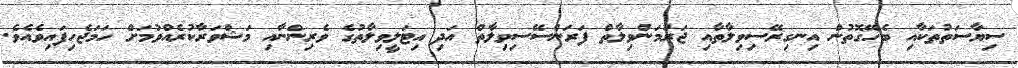
ސިޔާސަތުތަކާއި ބެހޭގޮތުން އިނގިރޭސިވިލާތާއި ޖަރުމަންވިލާތް ފަރަންސޭސިވިލާތް އަދި އިޓަލީވިލާތުގެ ވެރިންނާއި މަޝްވަރާކުރެއްވުމަށް ހަމަޖެހިފައިވެއެވެ.